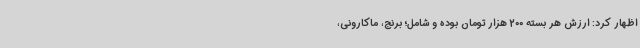
اظهار کرد: ارزش هر بسته 200 هزار تومان بوده و شامل؛ برنج، ماکارونی،